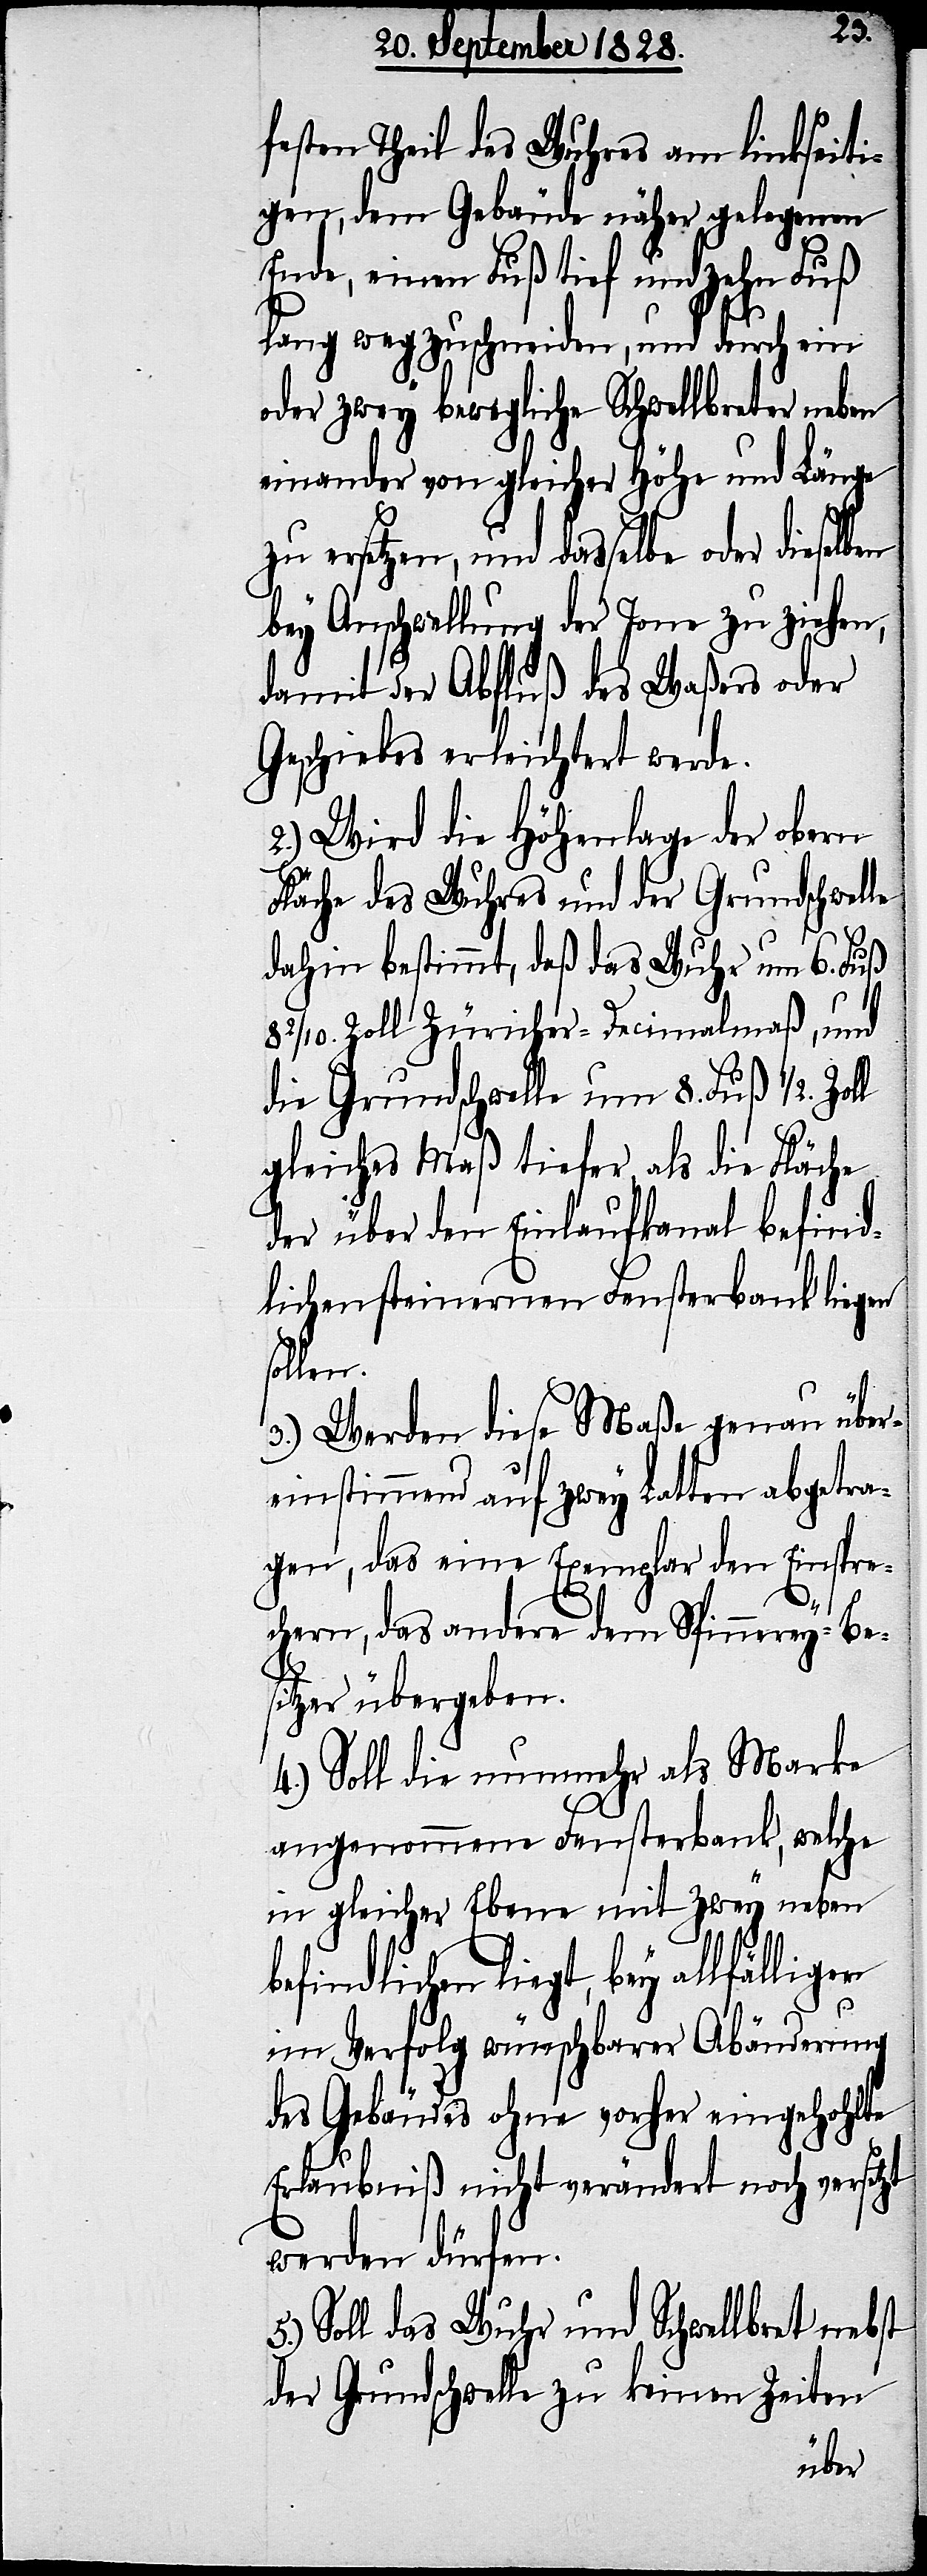
rn
festen Theil des Wuhres am linkseiti¬
gen, dem Gebäude näher gelegenen
Ende, einen Fuß tief und zehn Fuß
lang wegzuschneiden, und durch ein
oder zwey bewegliche Schwellbreter neben
einander von gleicher Höhe und Länge
zu ersetzen, und dasselbe oder dieselben
bey Anschwellung der Jone zu ziehen,
damit der Abfluß des Waßers oder
Geschiebes erleichtert werde.
2.) Wird die Höhenlage der obern
Fläche des Wuhres und der Grundschwelle
dahin bestimmt, daß das Wuhr um 6. Fuß
8 2/10. Zoll Züricher-Decimalmaß, und
die Grundschwelle um 8. Fuß 1/2.
gleiches Maß tiefer, als die Fläche
der über den Einlaufkanal befind¬
lichen steinernen Fensterbank liegen
sollen.
3.) Werden die Maße genau übe¬
reinstimmend auf zwey Latten abgetra¬
gen, das eine Exemplar den Einspr¬
echern, das andere dem Spinnerey-Be¬
sitzer übergeben.
4.) Soll die nunmehr als Marke
angenommene Fensterbank, welche
in gleicher Ebene mit zwey neben
befindlichen liegt, bey allfällige¬
im Verfolg wünschbarer Abänderung
des Gebäudes ohne vorher eingehohlte
Erlaubniß nicht verändert noch versetzt
werden dürfen.
Soll das Wuhr und Schwellbret nebst
der Grundschwelle zu keinen Zeiten